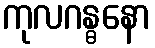
ကုလဂန္ဓနော